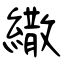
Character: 繖